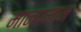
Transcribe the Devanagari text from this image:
मानपमान